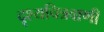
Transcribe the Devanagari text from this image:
दृश्यचित्रवाणी